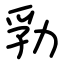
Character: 㔜